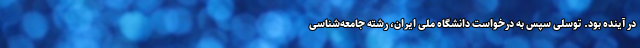
در آینده بود. توسلی سپس به درخواست دانشگاه ملی ایران، رشته جامعه‌شناسی